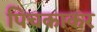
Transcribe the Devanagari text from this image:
पिचकाकर